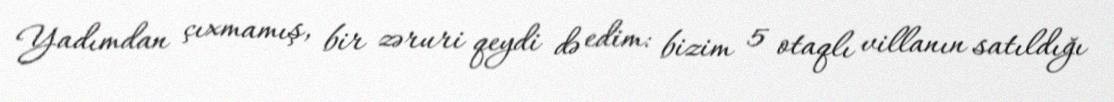
Yadımdan çıxmamış, bir zəruri qeydi də edim: bizim 5 otaqlı villanın satıldığı